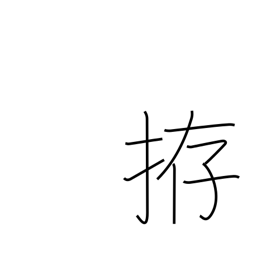
Meaning: prepare